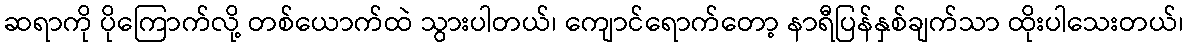
ဆရာကို ပိုကြောက်လို့ တစ်ယောက်ထဲ သွားပါတယ်၊ ကျောင်ရောက်တော့ နာရီပြန်နှစ်ချက်သာ ထိုးပါသေးတယ်၊